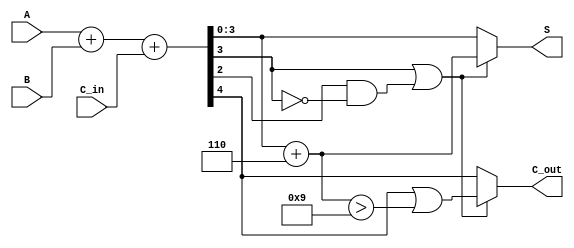
module BCD_Fast_Adder (
    input  [3:0] A,      // First BCD digit
    input  [3:0] B,      // Second BCD digit
    input        C_in,    // Carry input
    output reg [3:0] S,   // BCD sum output
    output reg C_out      // Carry output
);

    wire [4:0] Sum;       // 5-bit sum to hold A + B + C_in
    wire correction;       // Correction flag
    wire [3:0] Corrected_Sum; // Sum after correction

    // Step 1: Perform binary addition
    assign Sum = A + B + C_in;

    // Step 2: Determine if correction is needed (if Sum[3:0] > 9)
    assign correction = (Sum[3] == 1'b1) || (Sum[2] == 1'b1 && Sum[3] == 1'b0);

    // Step 3: Apply correction if needed
    assign Corrected_Sum = Sum[3:0] + 4'b0110; // Add 6 to the sum

    // Step 4: Generate final outputs
    always @(*) begin
        if (correction) begin
            S = Corrected_Sum; // Use the corrected sum
            C_out = Sum[4] | (Corrected_Sum > 9); // Check if carry out is needed
        end else begin
            S = Sum[3:0]; // No correction needed
            C_out = Sum[4]; // Carry out from the original sum
        end
    end

endmodule